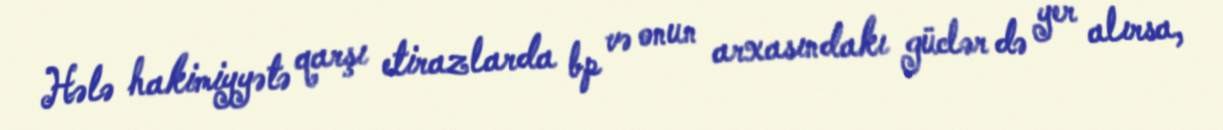
Hələ hakimiyyətə qarşı etirazlarda bp və onun arxasındakı güclər də yer alırsa,